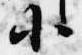
小